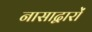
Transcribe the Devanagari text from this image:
नासाद्वारों